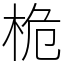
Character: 桅